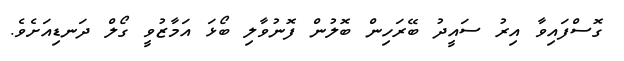
ގޮސްފައިވާ އިރު ސައީދު ބޭރަހިން ބޮލުން ފޮނުވާލި ބޯޅަ އަމާޒުވީ ގޯލް ދަނޑިއަށެވެ.